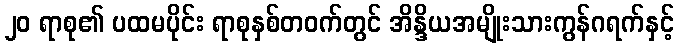
၂၀ ရာစု၏ ပထမပိုင်း ရာစုနှစ်တဝက်တွင် အိန္ဒိယအမျိုးသားကွန်ဂရက်နှင့်